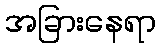
အခြားနေရာ